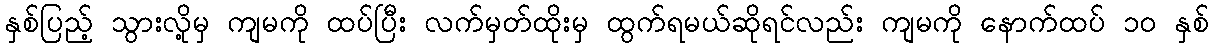
နှစ်ပြည့် သွားလို့မှ ကျမကို ထပ်ပြီး လက်မှတ်ထိုးမှ ထွက်ရမယ်ဆိုရင်လည်း ကျမကို နောက်ထပ် ၁ဝ နှစ်